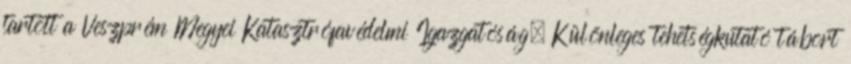
tartott a Veszprém Megyei Katasztrófavédelmi Igazgatóság. Különleges tehetségkutató tábort